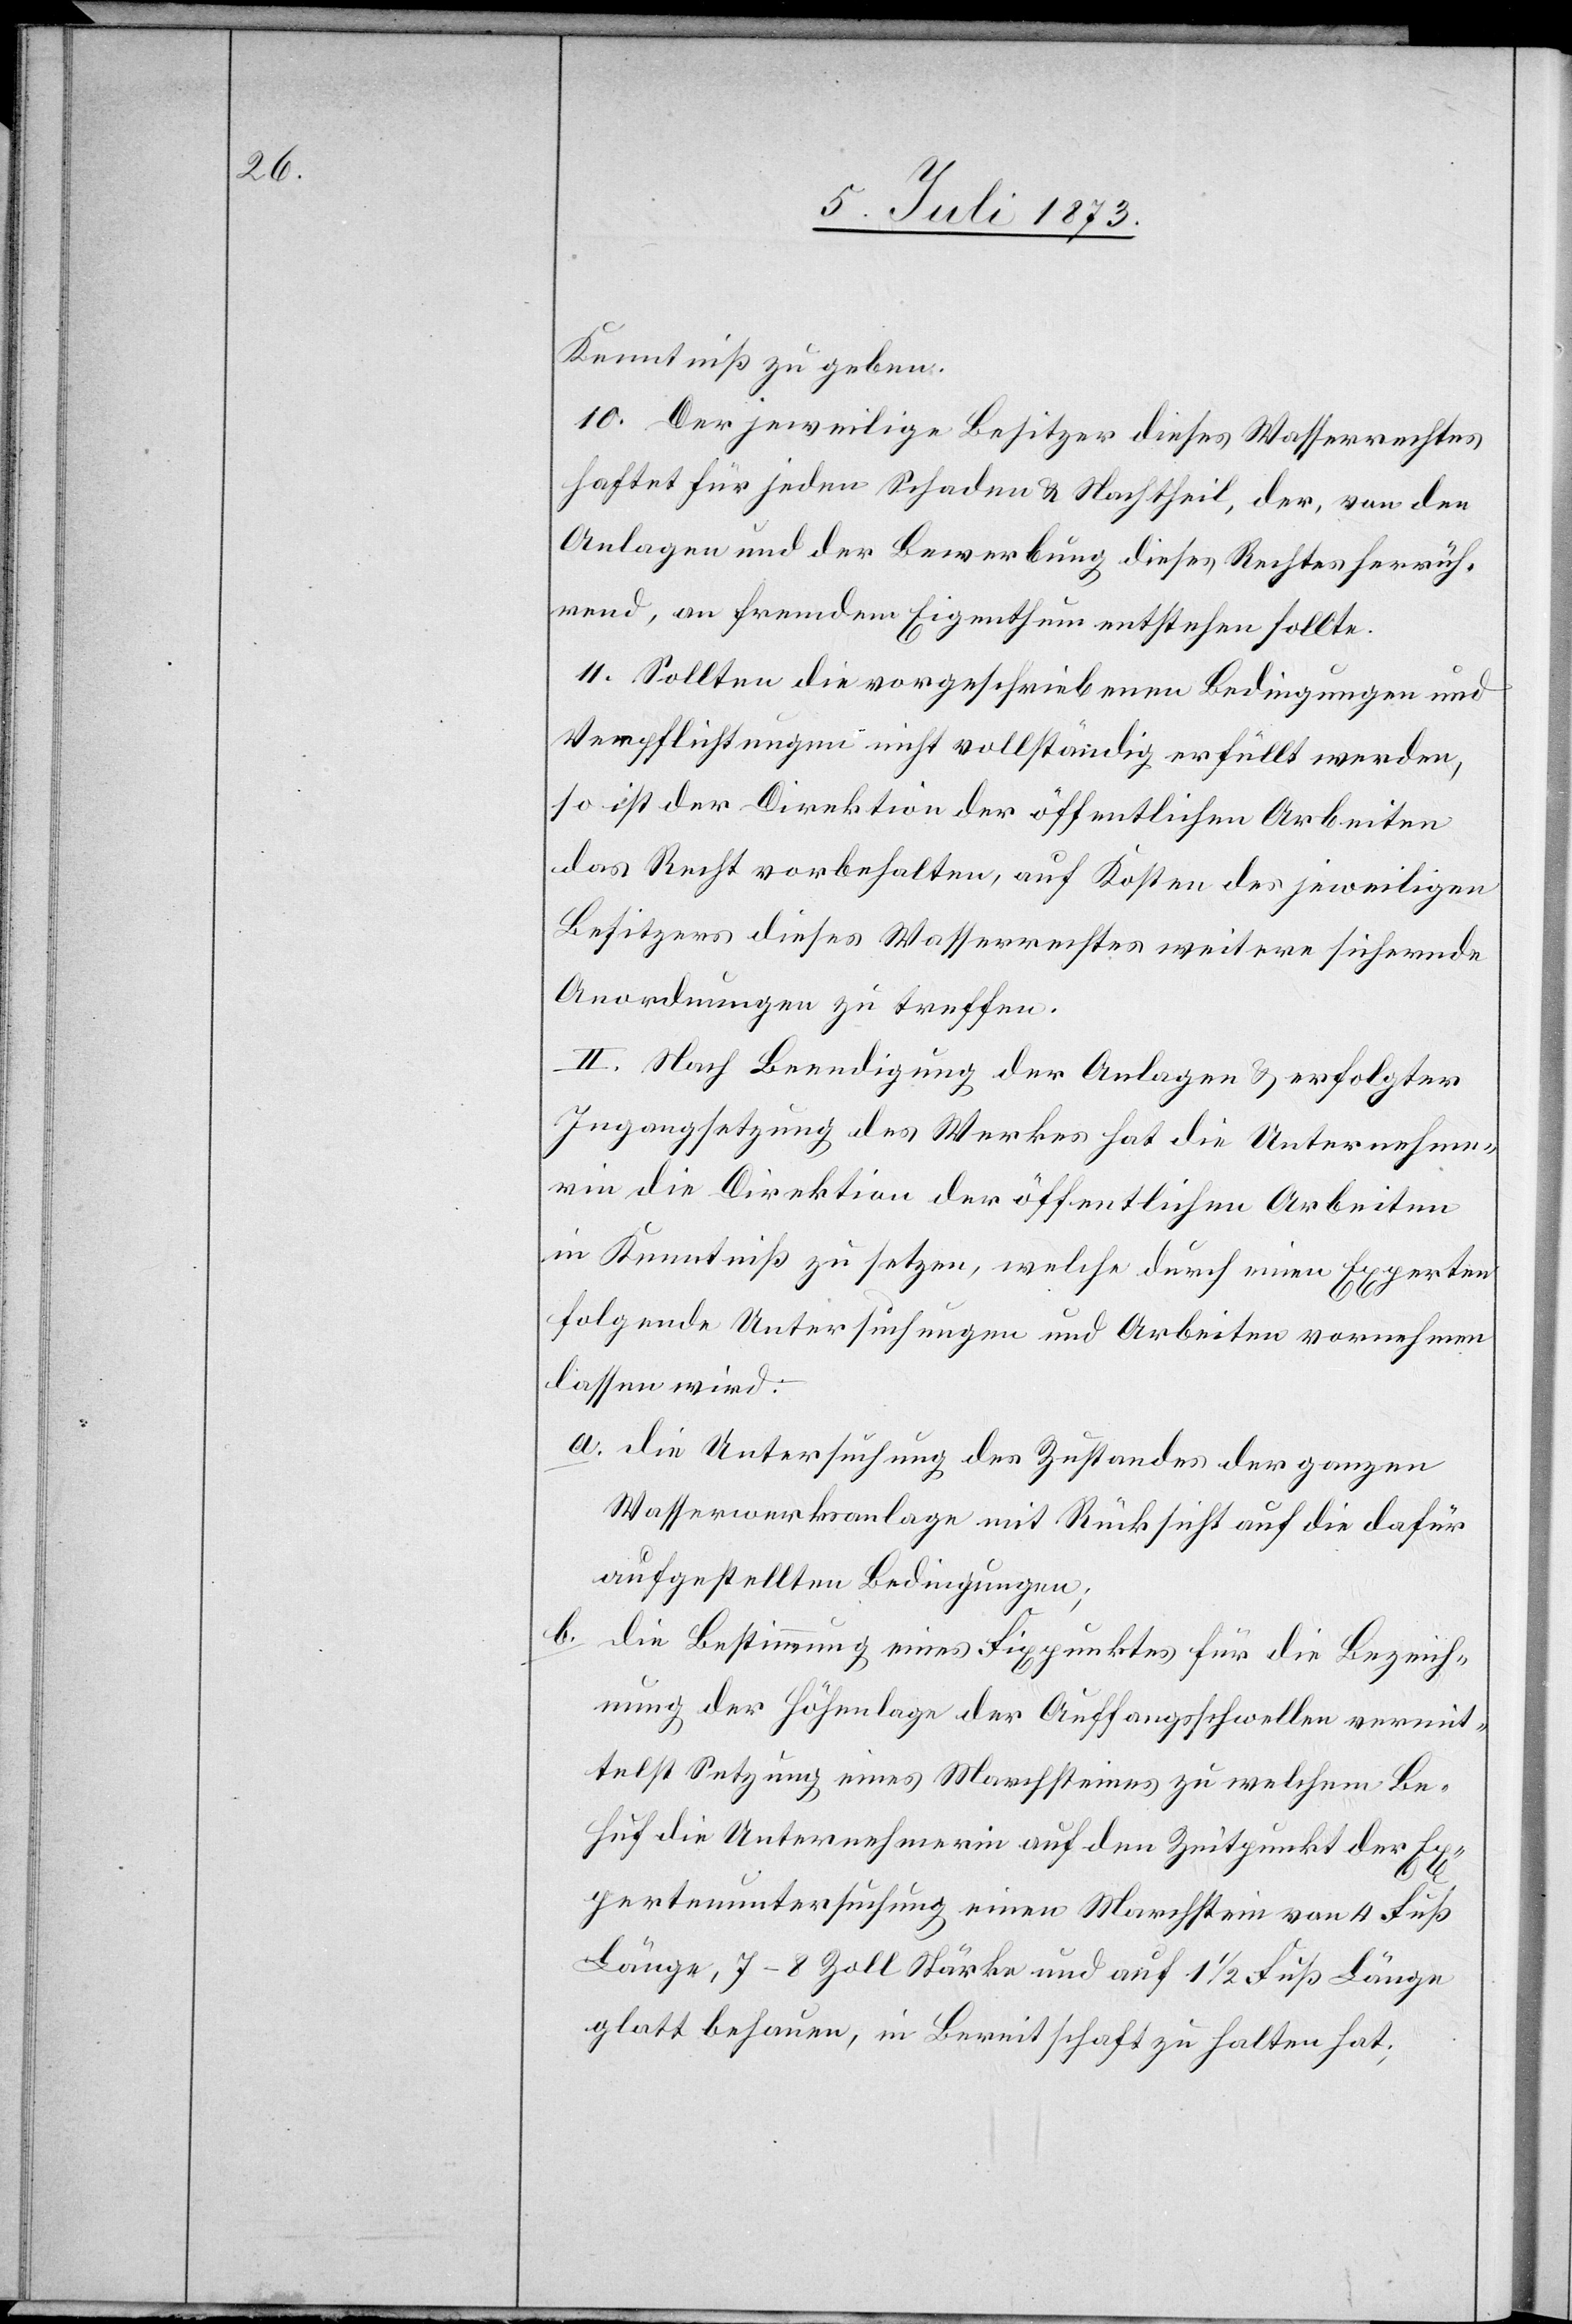
Kenntniß zu geben.
10. Der jeweilige Besitzer dieses Wasserrechtes
haftet für jeden Schaden & Nachtheil, der, von den
Anlagen und der Bewerbung dieses Rechtes herrüh¬
rend, an fremdem Eigenthum entstehen sollte.
11. Sollten die vorgeschriebenen Bedingungen und
Verpflichtungen nicht vollständig erfüllt werden,
so ist der Direktion der öffentlichen Arbeiten
das Recht vorbehalten, auf Kosten des jeweiligen
Besitzers dieses Wasserrechtes weitere sichernde
Anordnungen zu treffen.
II. Nach Beendigung der Anlagen & erfolgter
Ingangsetzung des Werkes hat die Unternehme¬
rin die Direktion der öffentlichen Arbeiten
in Kenntniß zu setzen, welche durch einen Experten
folgende Untersuchungen und Arbeiten vornehmen
lassen wird:
a. die Untersuchung des Zustandes der ganzen
Wasserwerksanlage mit Rücksicht auf die dafür
aufgestellten Bedingungen;
b. die Bestimmung eines Fixpunktes für die Bezeich¬
nung der Höhenlage der Auffangsschwellen vermit¬
telst Setzung eines Marchsteines zu welchem Be¬
huf die Unternehmerin auf den Zeitpunkt der Ex¬
pertenuntersuchung einen Marchstein von 4 Fuß
Länge, 7–8 Zoll Stärke und auf 11/2 Fuß Länge
glatt behauen, in Bereitschaft zu halten hat;